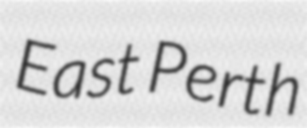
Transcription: East Perth